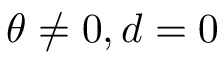
\theta \neq 0 , d = 0